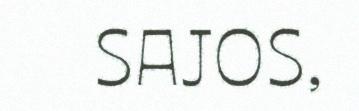
SAJOS,